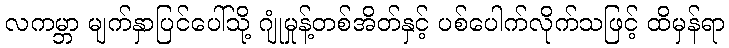
လကမ္ဘာ မျက်နှာပြင်ပေါ်သို့ ဂျုံမှုန့်တစ်အိတ်နှင့် ပစ်ပေါက်လိုက်သဖြင့် ထိမှန်ရာ